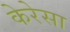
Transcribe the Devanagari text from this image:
केरेसा